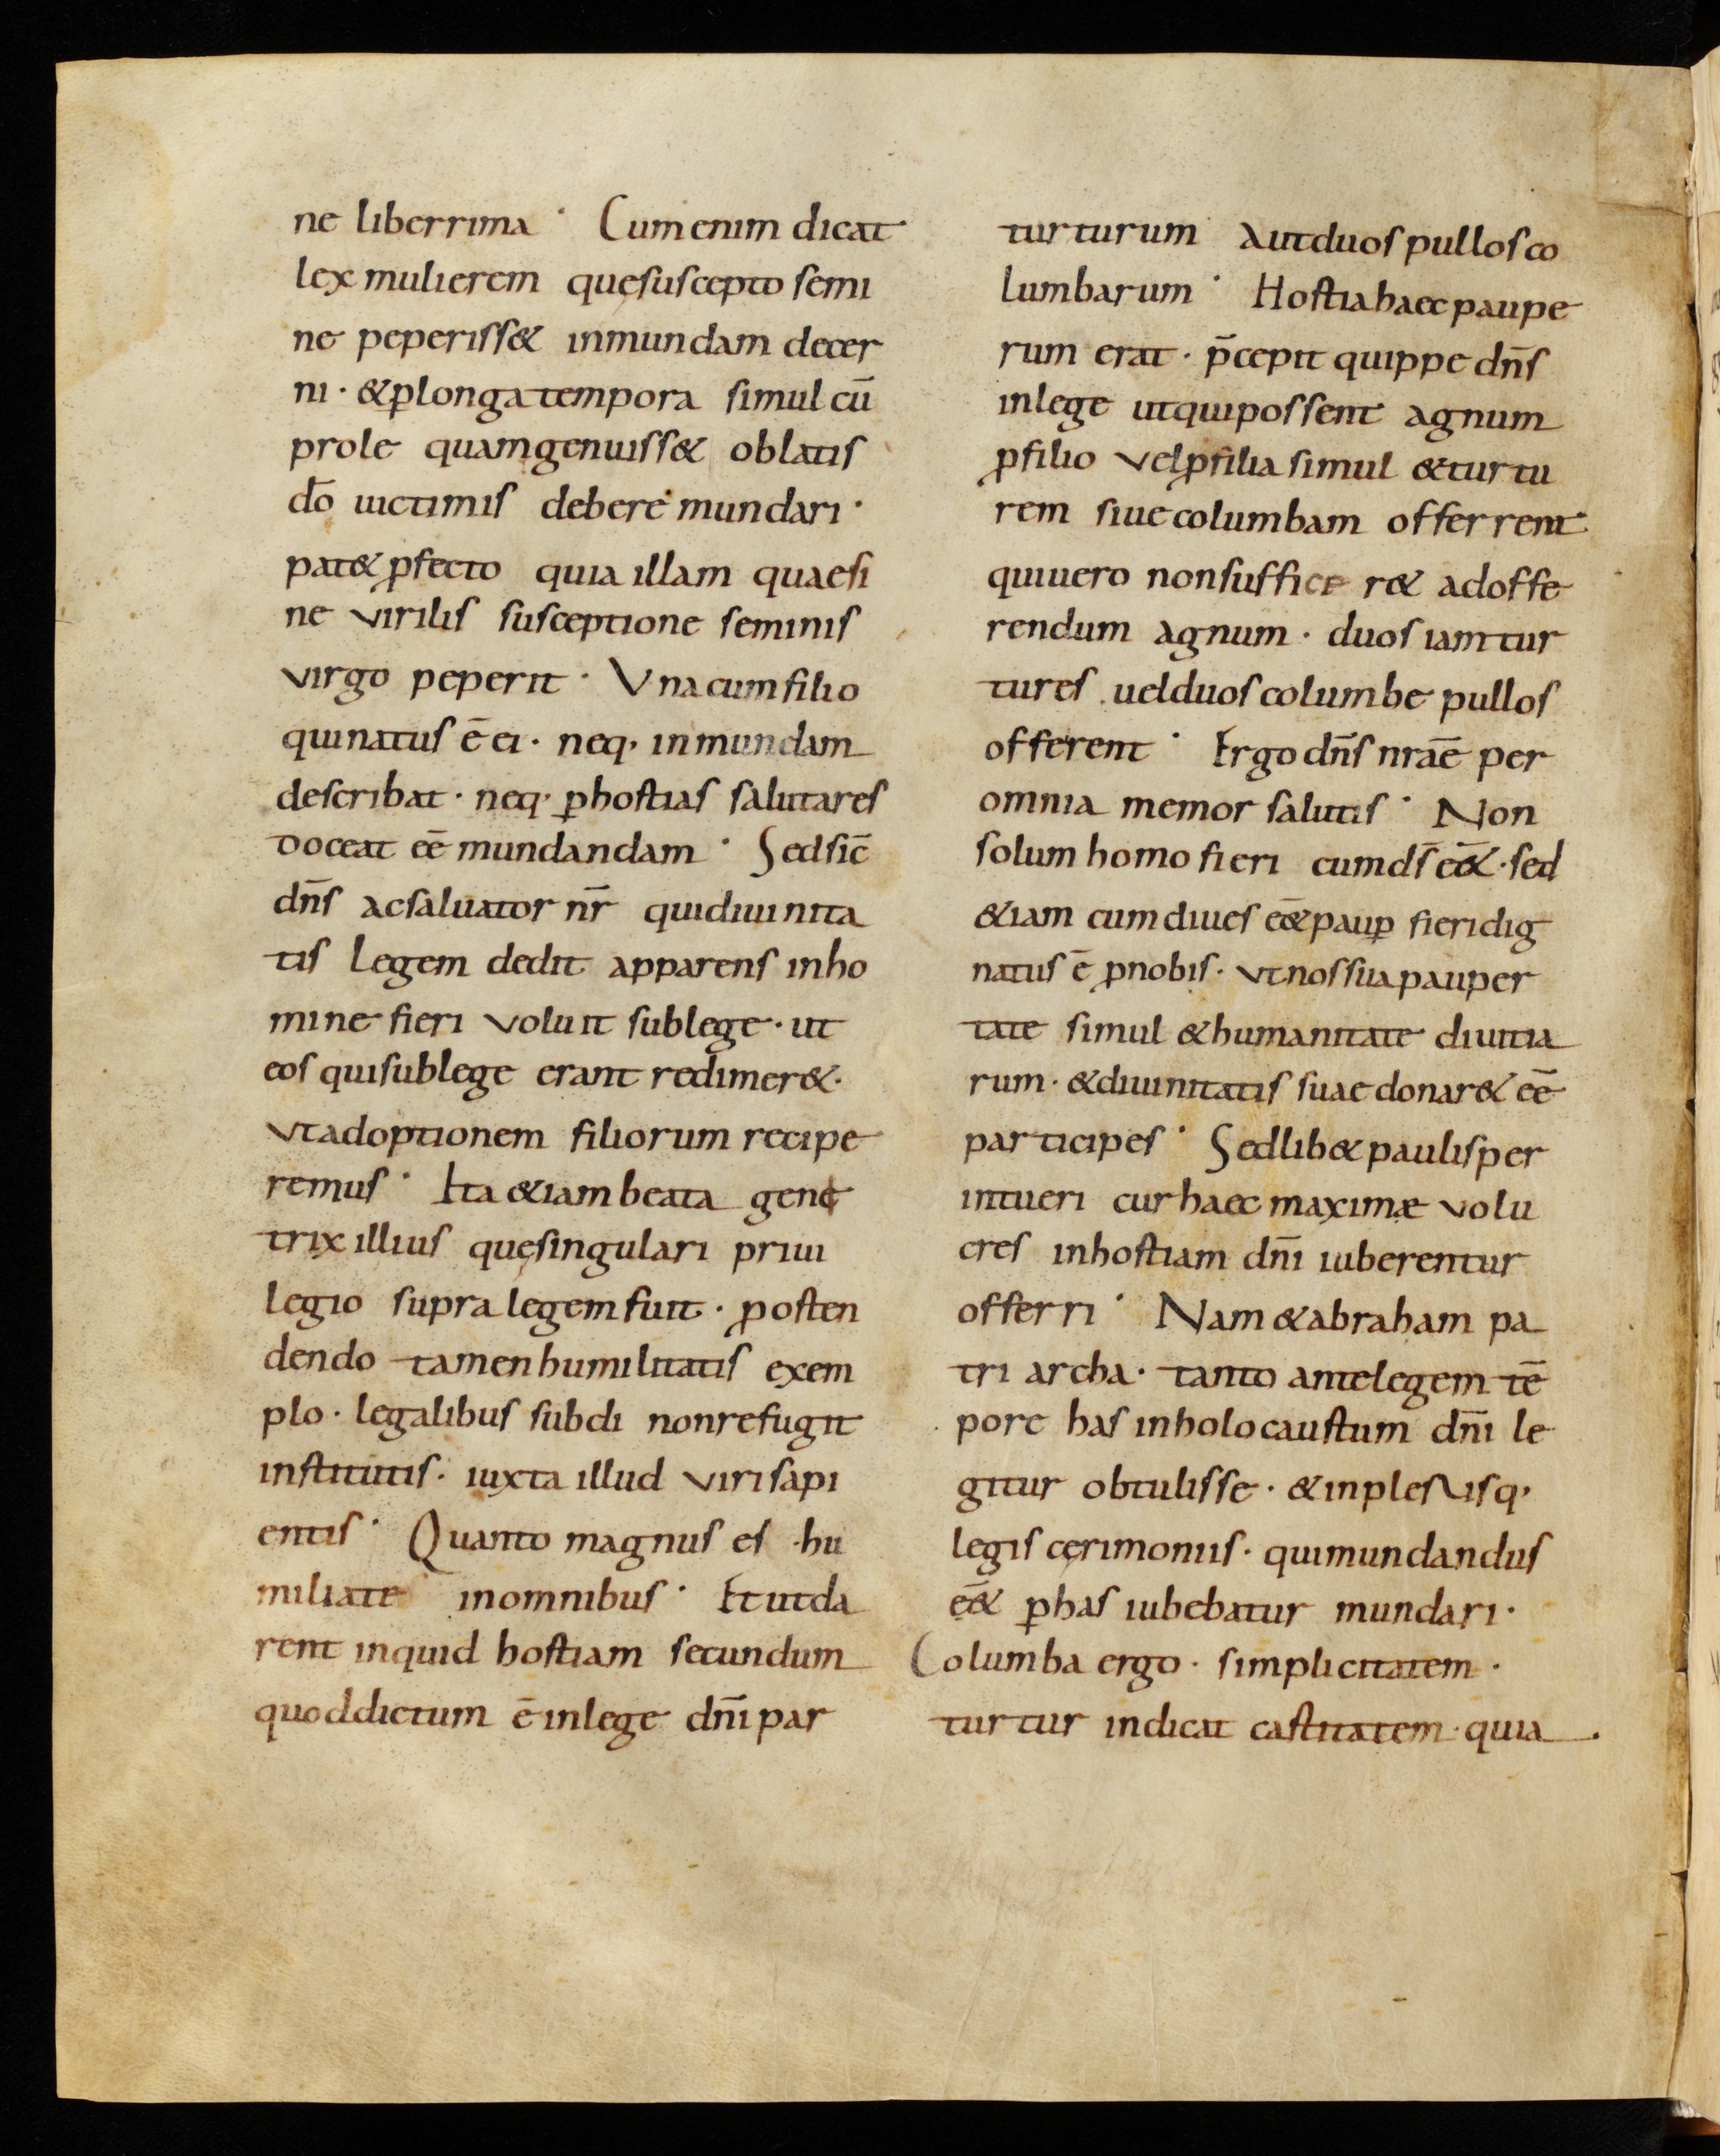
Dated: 900–930